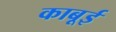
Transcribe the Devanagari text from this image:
काबूई